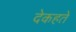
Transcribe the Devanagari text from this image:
देकहते